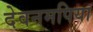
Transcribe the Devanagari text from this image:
देवनमपिया